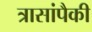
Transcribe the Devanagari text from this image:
त्रासांपैकी